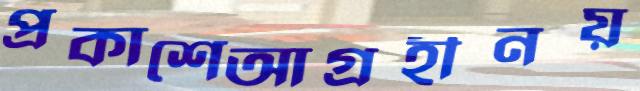
প্রকাশেআগ্রহীনয়